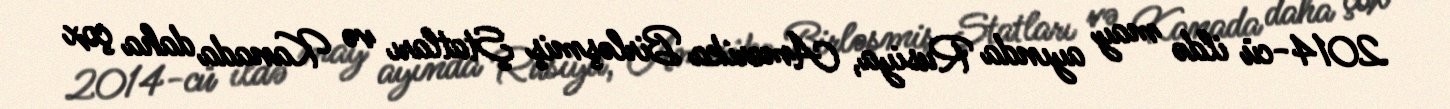
2014-cü ildə may ayında Rusiya, Amerika Birləşmiş Ştatları və Kanada daha çox